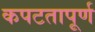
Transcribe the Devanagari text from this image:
कपटतापूर्ण